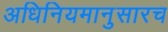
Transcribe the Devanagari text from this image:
अधिनियमानुसारच